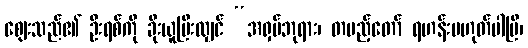
ဈေးသည်၏ ဦးရစ်ကို ခိုးယူပြီးလျှင် “အရှပ်ဘုရား၊ တပည့်တော် ရဟန်းမဟုတ်ပါပြီ၊